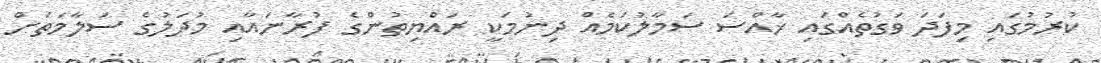
ކުރުމުގައި މިފަދަ ވަގުތެއްގައި ޚާއްސަ ސަމާލުކަމެއް ދިނުމަކީ ރައްޔިތުންގެ ފުރާނައާއި މުދަލުގެ ސަލާމަތަށް